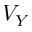
V _ { Y }